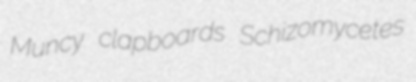
Muncy clapboards Schizomycetes